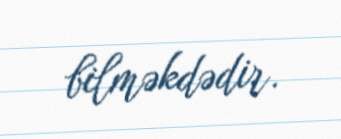
bilməkdədir.